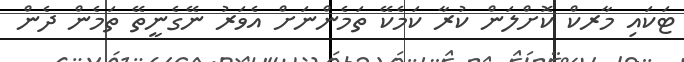
ޓަކައި މާރކް ކޮށްލަން ކުރާ ކަމެކޭ ތަމެންނަށް އެވަރު ނޭގެނީތޭ ތަމެން ދެން